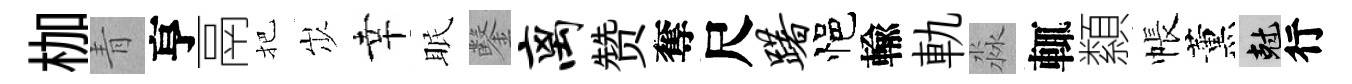
枷青亨鬲把𡵯幸眠鑿离赞奪尺躇悒輸軌淼輒纇帳薰剋行